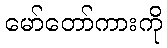
မော်တော်ကားကို